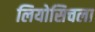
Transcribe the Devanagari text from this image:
लियोसिचला